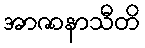
အာဇာနာသီတိ